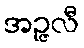
အဉ္ဇလီ